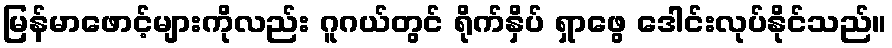
မြန်မာဖောင့်များကိုလည်း ဂူဂယ်တွင် ရိုက်နှိပ် ရှာဖွေ ဒေါင်းလုပ်နိုင်သည်။